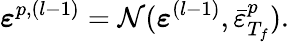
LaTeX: {\boldsymbol{\mathbf{\mathit{\varepsilon}}}}^{p,(l-1)}=\mathcal{N}({\boldsymbol{\mathbf{\mathit{\varepsilon}}}}^{(l-1)},\bar{\varepsilon}_{T_{f}}^{p}).